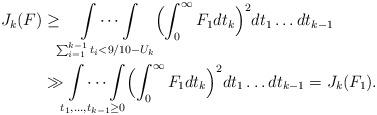
LaTeX: \begin{align*}J_k(F)&\ge \idotsint\limits_{\sum_{i=1}^{k-1}t_i<9/10-U_k}\Bigl(\int_0^\infty F_1 dt_k\Bigr)^2dt_1\dots dt_{k-1}\\&\gg \idotsint\limits_{t_1,\dots,t_{k-1}\ge 0}\Bigl(\int_0^\infty F_1 dt_k\Bigr)^2dt_1\dots dt_{k-1}=J_k(F_1).\end{align*}